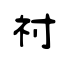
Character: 祔